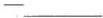
-___